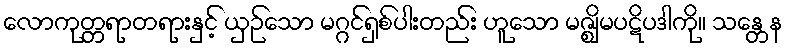
လောကုတ္တရာတရားနှင့် ယှဉ်သော မဂ္ဂင်ရှစ်ပါးတည်း ဟူသော မဇ္ဈိမပဋိပဒါကို။ သန္တေန